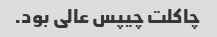
چاکلت چیپس عالی بود.